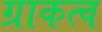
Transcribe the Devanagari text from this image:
ग्राकत्व